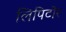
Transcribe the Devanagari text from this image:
लिपिटोर